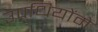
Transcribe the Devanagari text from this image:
उपधियोंमे